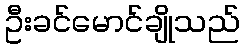
ဦးခင်မောင်ချိုသည်